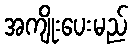
အကျိုးပေးမည်